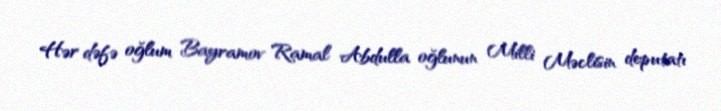
Hər dəfə oğlum Bayramov Ramal Abdulla oğlunun Milli Məclisin deputatı